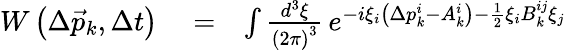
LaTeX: \begin{array}{rlr}{W\left(\Delta\vec{p}_{k},\Delta t\right)}&{{}=}&{\int\frac{d^{3}\xi}{\left(2\pi\right)^{3}}\, e^{-i\xi_{i}\left(\Delta p_{k}^{i}-A_{k}^{i}\right)-\frac{1}{2}\xi_{i}B_{k}^{ij}\xi_{j}}}\end{array}